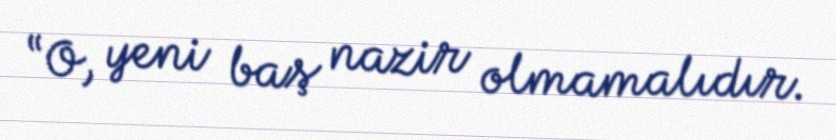
“O, yeni baş nazir olmamalıdır.